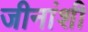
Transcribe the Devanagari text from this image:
जीनांशी